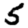
Digit: 5